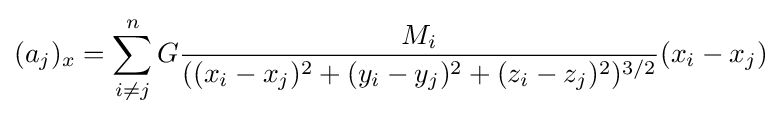
(a_{j})_{x}=\sum _{i\neq j}^{n}G{\frac {M_{i}}{((x_{i}-x_{j})^{2}+(y_{i}-y_{j})^{2}+(z_{i}-z_{j})^{2})^{3/2}}}(x_{i}-x_{j})